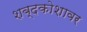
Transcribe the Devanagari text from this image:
शब्दकोशावर